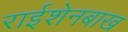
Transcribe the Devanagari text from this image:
राईशेनबाख